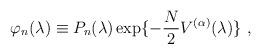
LaTeX: \begin{align*}\varphi_n(\lambda)\equiv P_n(\lambda)\exp\{-\frac{N}{2}V^{(\alpha)}(\lambda) \} \ ,\end{align*}